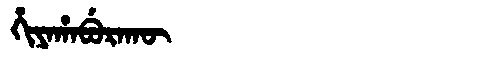
Manchu: ᡥᡳᠶᠠᡥᠠᠪᡠᡵᠠᡴᡡ
Romanization: HIYAHABURAKŪ